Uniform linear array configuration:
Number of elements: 4
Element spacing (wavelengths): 0.75
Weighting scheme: cosine
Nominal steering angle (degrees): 45
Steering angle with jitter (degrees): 46.271
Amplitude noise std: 0.05
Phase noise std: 0.05

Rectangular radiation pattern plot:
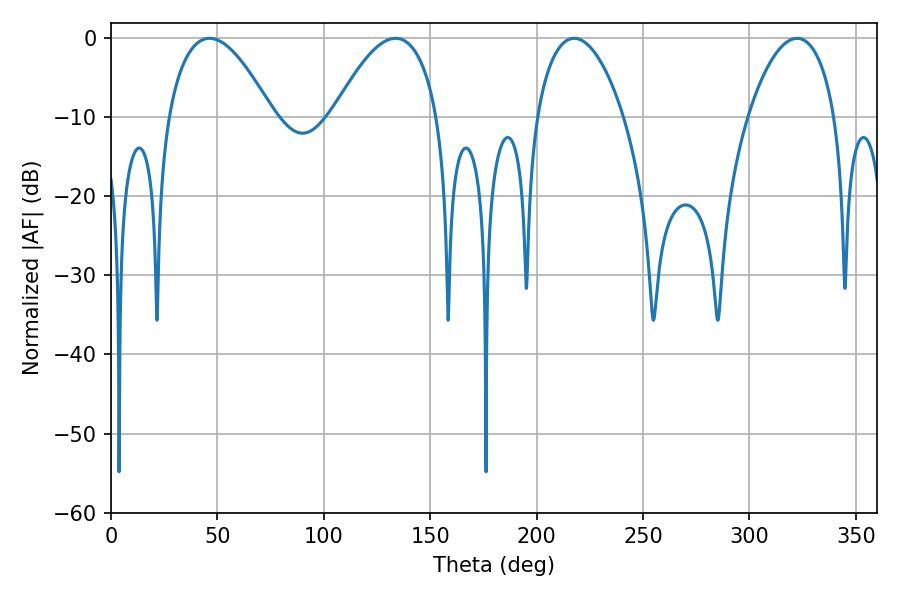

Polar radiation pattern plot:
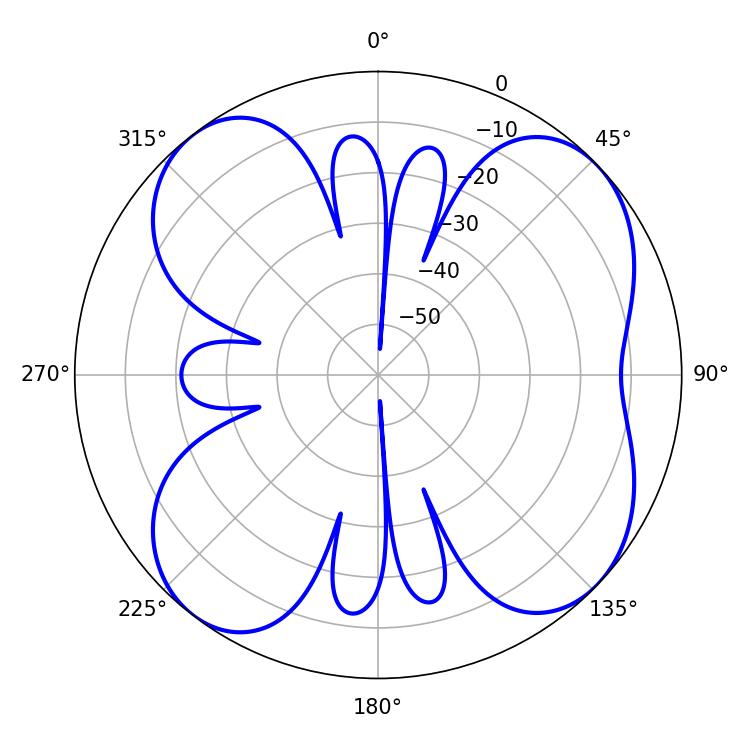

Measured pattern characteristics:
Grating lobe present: TRUE
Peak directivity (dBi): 9.112
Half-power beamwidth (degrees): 23.04
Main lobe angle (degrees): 217.62